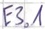
Text: E3.1